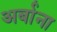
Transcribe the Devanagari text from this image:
अर्बाना